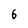
Character: 6